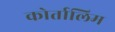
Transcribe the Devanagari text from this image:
कोर्तालिम